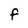
Character: F